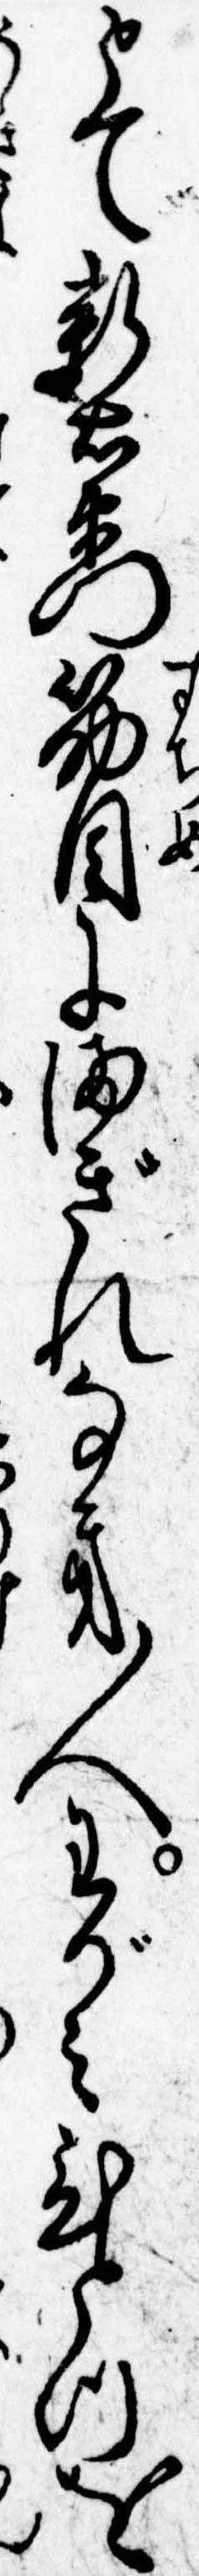
とて新右衛門筋目にまぎれなき人わがみひとつを